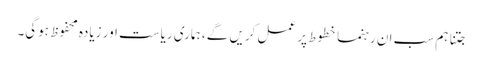
جتنا ہم سب ان رہنما خطوط پر عمل کریں گے ، ہماری ریاست اور زیادہ محفوظ ہوگی۔